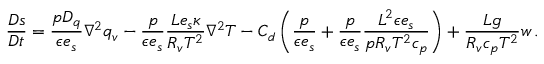
\frac { D s } { D t } = \frac { p D _ { q } } { \epsilon e _ { s } } \nabla ^ { 2 } q _ { v } - \frac { p } { \epsilon e _ { s } } \frac { L e _ { s } \kappa } { R _ { v } T ^ { 2 } } \nabla ^ { 2 } T - C _ { d } \left( \frac { p } { \epsilon e _ { s } } + \frac { p } { \epsilon e _ { s } } \frac { L ^ { 2 } \epsilon e _ { s } } { p R _ { v } T ^ { 2 } c _ { p } } \right) + \frac { L g } { R _ { v } c _ { p } T ^ { 2 } } w \, .